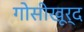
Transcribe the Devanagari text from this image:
गोसीखूर्द